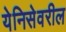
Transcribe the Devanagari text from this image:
येनिसेवरील